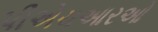
પીએચઆરઓ